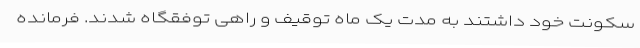
سکونت خود داشتند به مدت یک ماه توقیف و راهی توفقگاه شدند. فرمانده